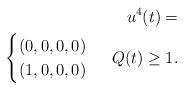
LaTeX: \begin{align*} u^4(t) = \\ \begin{cases} (0,0,0,0)\\ (1,0,0,0)\\ \end{cases}~Q(t)\ge 1.\end{align*}